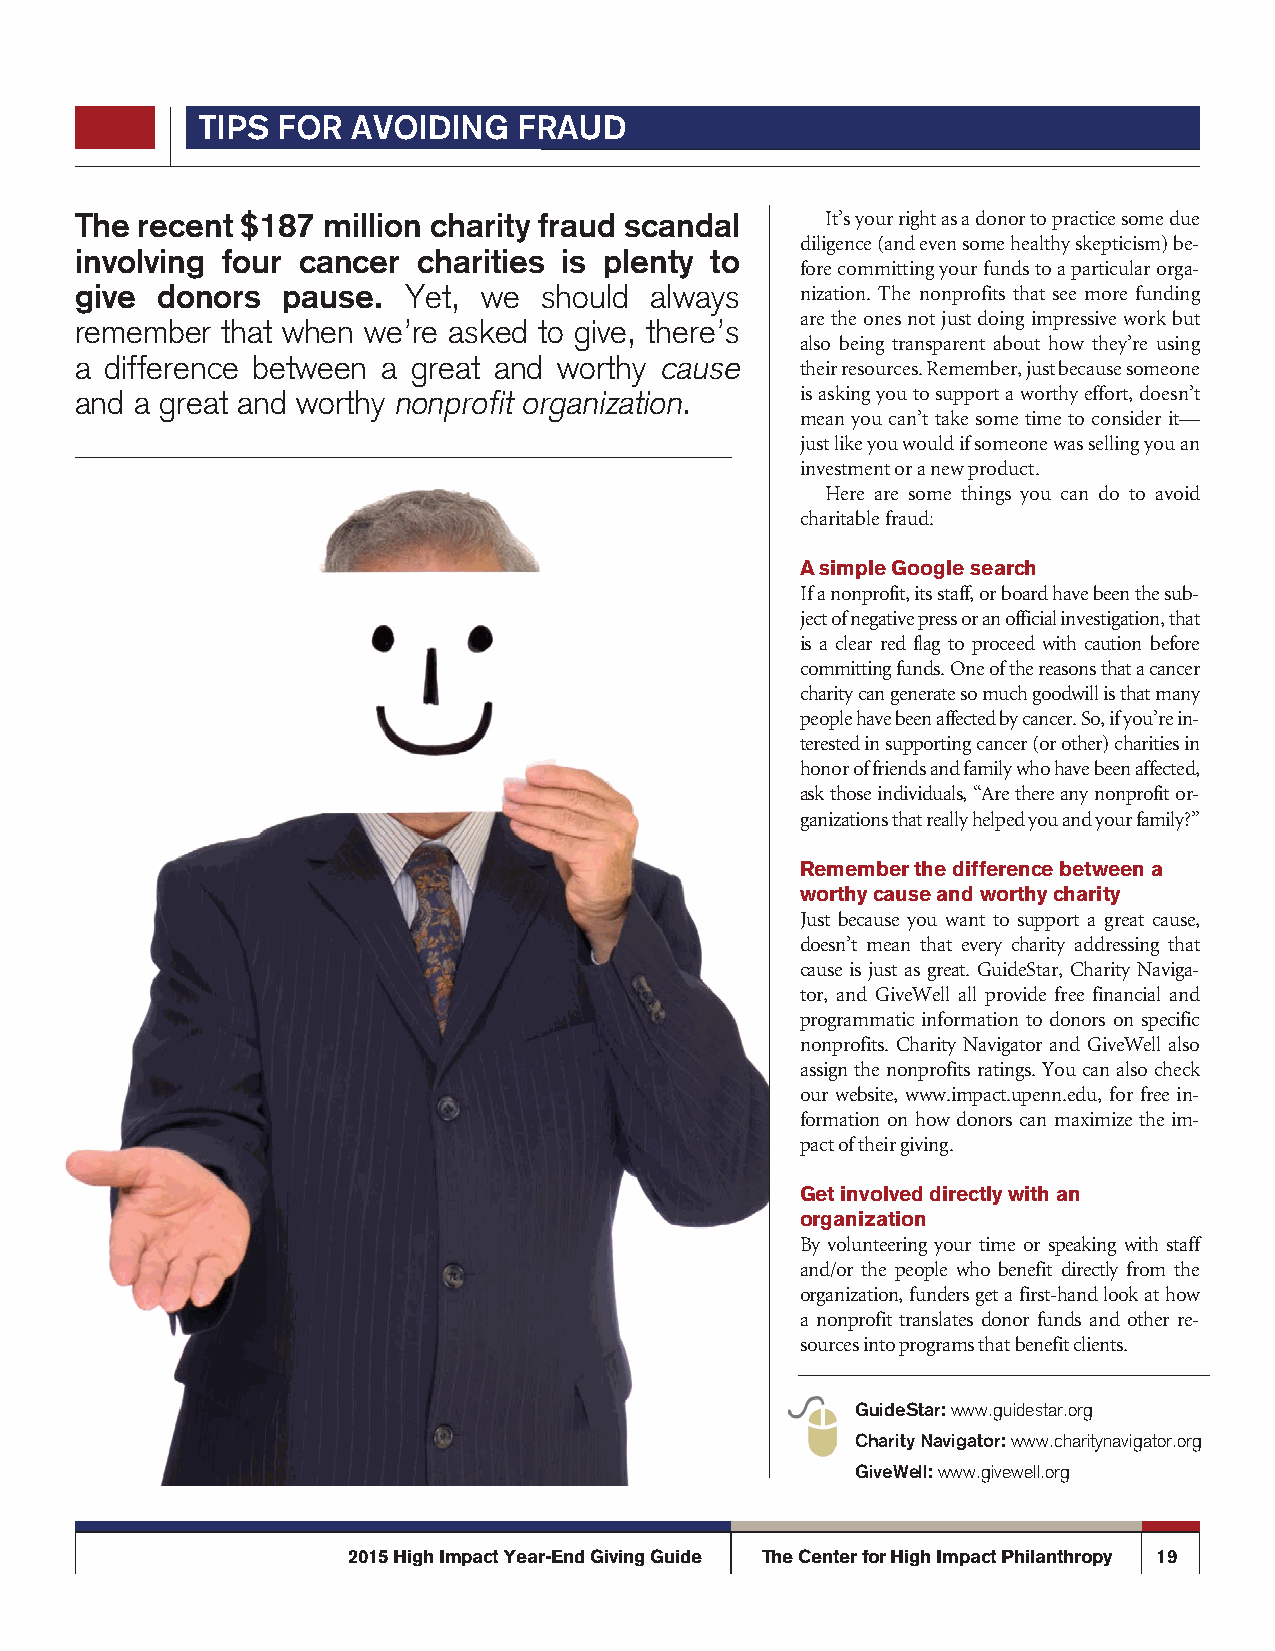
tips for  avoiding   fraud
 The recent $187 million charity fraud scandal     It’s your right as a donor to practice some due
 diligence (and even some healthy skepticism) be-
 involving four cancer  charities is plenty to
 fore committing your funds to a particular orga-
 give donors   pause.  Yet, we  should always    nization. The nonprofits that see more funding
 are the ones not just doing impressive work but
 remember  that when we’re asked to give, there’s
 also being transparent about how they’re using
 a difference between a great and worthy cause   their resources. Remember, just because someone
 and a great and worthy nonprofit organization.  is asking you to support a worthy effort, doesn’t
 mean you can’t take some time to consider it—
 just like you would if someone was selling you an
 investment or a new product.
 Here are some things you can do to avoid
 charitable fraud:
 A simple Google search
 If a nonprofit, its staff, or board have been the sub-
 ject of negative press or an official investigation, that
 is a clear red flag to proceed with caution before
 committing funds. One of the reasons that a cancer
 charity can generate so much goodwill is that many
 people have been affected by cancer. So, if you’re in-
 terested in supporting cancer (or other) charities in
 honor of friends and family who have been affected,
 ask those individuals, “Are there any nonprofit or-
 ganizations that really helped you and your family?”
 Remember the difference between a
 worthy cause and worthy charity
 Just because you want to support a great cause,
 doesn’t mean that every charity addressing that
 cause is just as great. GuideStar, Charity Naviga-
 tor, and GiveWell all provide free financial and
 programmatic information to donors on specific
 nonprofits. Charity Navigator and GiveWell also
 assign the nonprofits ratings. You can also check
 our website, www.impact.upenn.edu, for free in-
 formation on how donors can maximize the im-
 pact of their giving.
 Get involved directly with an
 organization
 By volunteering your time or speaking with staff
 and/or the people who benefit directly from the
 organization, funders get a first-hand look at how
 a nonprofit translates donor funds and other re-
 sources into programs that benefit clients.
 guidestar: www.guidestar.org
 charity navigator: www.charitynavigator.org
 givewell: www.givewell.org
 2015 High Impact Year-End Giving Guide The Center for High Impact Philanthropy 19